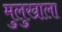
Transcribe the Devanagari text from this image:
मुलुखाला